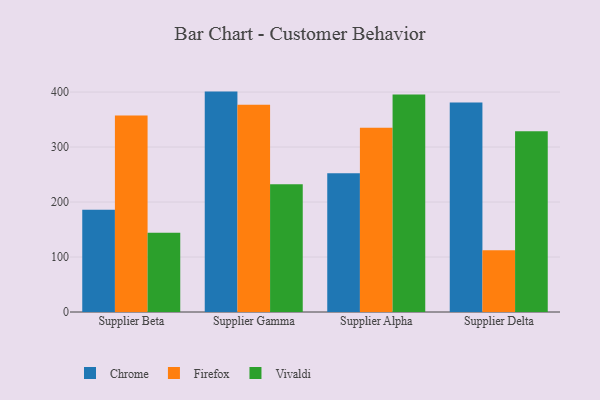
{"axis": {"x": "Supplier", "y": "Headcount"}, "legend": ["Chrome", "Firefox", "Vivaldi"], "data": [{"x": "Supplier Beta", "y": 186.0, "type": "Chrome"}, {"x": "Supplier Beta", "y": 357.5, "type": "Firefox"}, {"x": "Supplier Beta", "y": 144.3, "type": "Vivaldi"}, {"x": "Supplier Gamma", "y": 400.8, "type": "Chrome"}, {"x": "Supplier Gamma", "y": 376.7, "type": "Firefox"}, {"x": "Supplier Gamma", "y": 232.1, "type": "Vivaldi"}, {"x": "Supplier Alpha", "y": 252.1, "type": "Chrome"}, {"x": "Supplier Alpha", "y": 335.1, "type": "Firefox"}, {"x": "Supplier Alpha", "y": 395.4, "type": "Vivaldi"}, {"x": "Supplier Delta", "y": 381.2, "type": "Chrome"}, {"x": "Supplier Delta", "y": 112.2, "type": "Firefox"}, {"x": "Supplier Delta", "y": 328.8, "type": "Vivaldi"}]}